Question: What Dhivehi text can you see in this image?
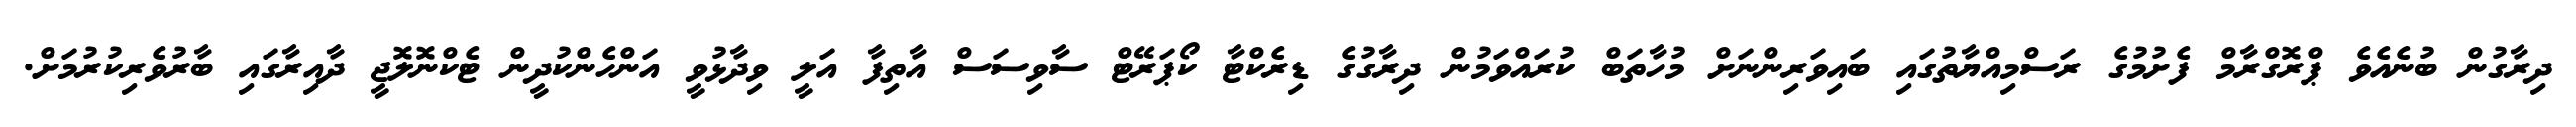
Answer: ދިރާގުން ބުނެއެވެ ޕްރޮގްރާމް ފެށުމުގެ ރަސްމިއްޔާތުގައި ބައިވަރިންނަށް މުހާތަބް ކުރައްވަމުން ދިރާގުގެ ޑިރެކްޓާ ކޯޕަރޭޓް ސާވިސަސް އާތިފާ އަލީ ވިދާޅުވީ އަންހެންކުދީން ޓެކްނޮލޮޖީ ދާއިރާގައި ބާރުވެރިކުރުމަށް.